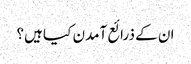
ان کے ذرائع آمدن کیا ہیں؟